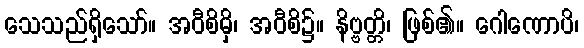
သေသည်ရှိသော်။ အဝီစိမှိ၊ အဝီစိ၌။ နိဗ္ဗတ္တိ၊ ဖြစ်၏။ ဂေါဏောပိ၊